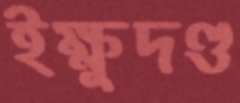
ইক্ষুদণ্ড